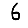
Digit: 6